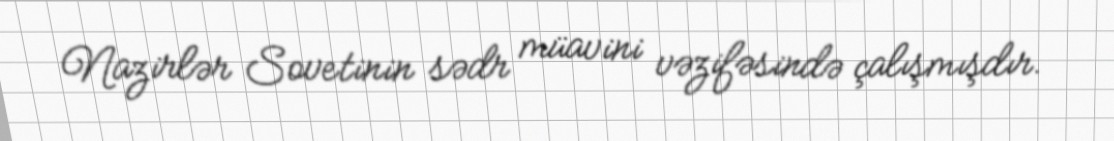
Nazirlər Sovetinin sədr müavini vəzifəsində çalışmışdır.